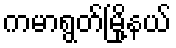
ကမာရွတ်မြို့နယ်